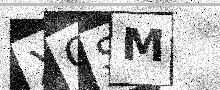
Text: XOSM